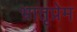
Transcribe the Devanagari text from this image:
भ्रातृप्रेम